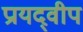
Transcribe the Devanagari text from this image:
प्रायद्‍वीप